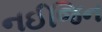
નઈજિન